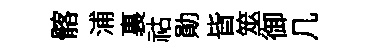
髂浦裏祜勛𣅜筮御几